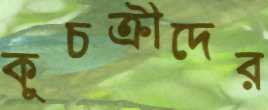
কুচক্রীদের